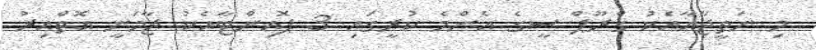
މި ނަތީޖާއާއެކު ގްރޫޕް ސީގެ އެންމެ ކުރީގައި 3 ޕޮއިންޓާއެކު ޖާމަނީ އޮތްއިރު